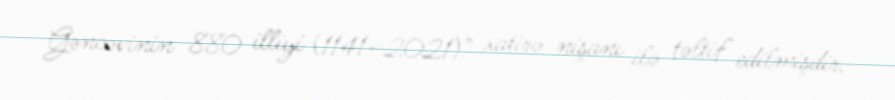
Gəncəvinin 880 illiyi (1141–2021)" xatirə nişanı ilə təltif edilmişdir.